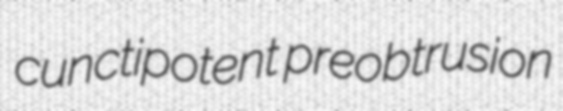
cunctipotent preobtrusion